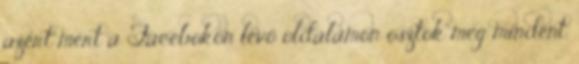
azért mert a Facebokon lévő oldalamon osztok meg mindent.